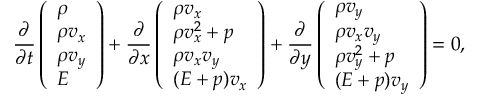
\frac { \partial } { \partial t } \left( \begin{array} { l } { \rho } \\ { \rho v _ { x } } \\ { \rho v _ { y } } \\ { E } \end{array} \right) + \frac { \partial } { \partial x } \left( \begin{array} { l } { \rho v _ { x } } \\ { \rho v _ { x } ^ { 2 } + p } \\ { \rho v _ { x } v _ { y } } \\ { ( E + p ) v _ { x } } \end{array} \right) + \frac { \partial } { \partial y } \left( \begin{array} { l } { \rho v _ { y } } \\ { \rho v _ { x } v _ { y } } \\ { \rho v _ { y } ^ { 2 } + p } \\ { ( E + p ) v _ { y } } \end{array} \right) = 0 ,